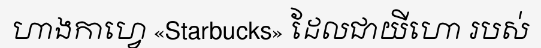
ហាងកាហ្វេ «Starbucks» ដែលជាយីហោ របស់